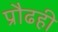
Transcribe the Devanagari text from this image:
प्रौढही